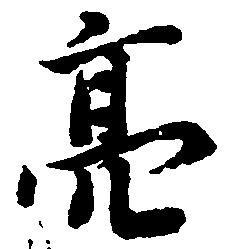
亮